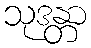
သုဒန္တာ